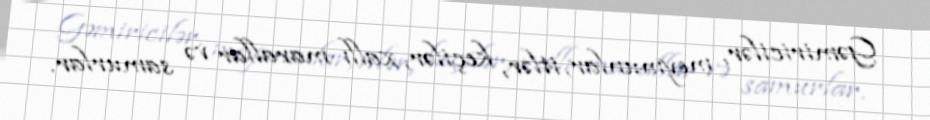
Gəmiricilər, meymunlar, itlər, keçilər, xallı marallar və samurlar.